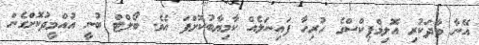
އޭނާ ވާދަކުރި އޮލިމްޕިކްސްގެ ހުރިހާ ފައިނަލެއް ކާމިޔާބުކޮށްފަ އެވެ. ބޯލްޓް ބުނީ އުއްމީދުކޮށްގެން